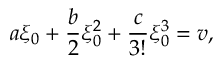
a \xi _ { 0 } + \frac { b } { 2 } \xi _ { 0 } ^ { 2 } + \frac { c } { 3 ! } \xi _ { 0 } ^ { 3 } = v ,